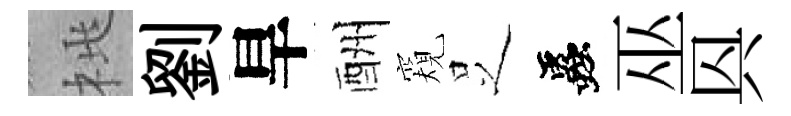
桃劉旱酬窺𠯁蟲巫㒷